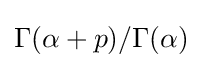
\Gamma (\alpha +p)/\Gamma (\alpha )